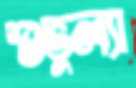
শুভুল্যা